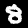
Digit: 8